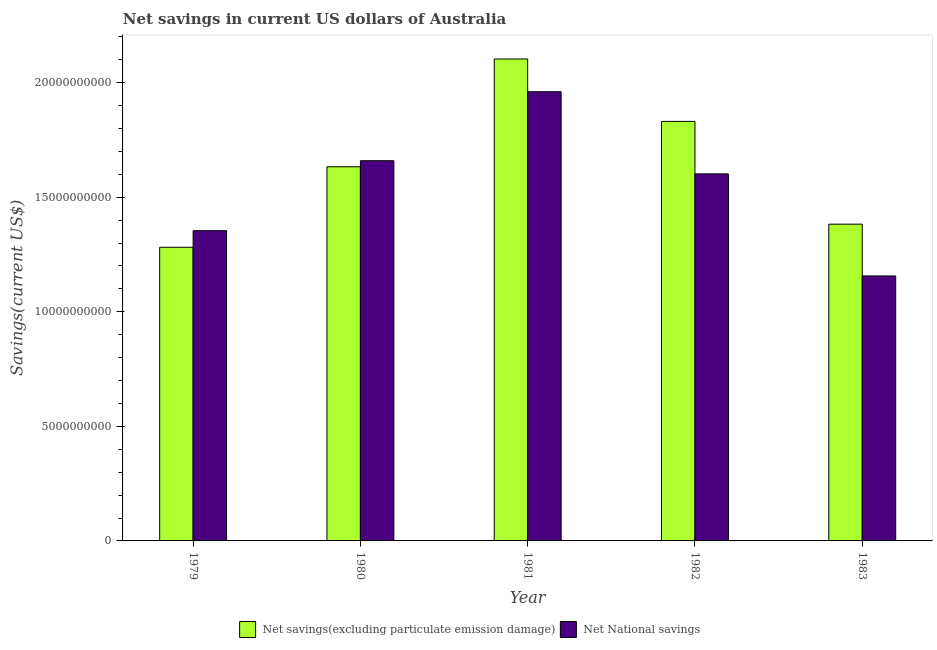
| Year | Net savings(excluding particulate emission damage) | Net National savings |
 | --- | --- | --- |
 | 1979 | 1.28e+10 | 1.35e+10 |
 | 1980 | 1.63e+10 | 1.66e+10 |
 | 1981 | 2.1e+10 | 1.96e+10 |
 | 1982 | 1.83e+10 | 1.6e+10 |
 | 1983 | 1.38e+10 | 1.16e+10 |